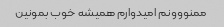
ممنووونم امیدوارم همیشه خوب بمونین